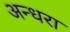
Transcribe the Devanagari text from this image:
अन्धरा